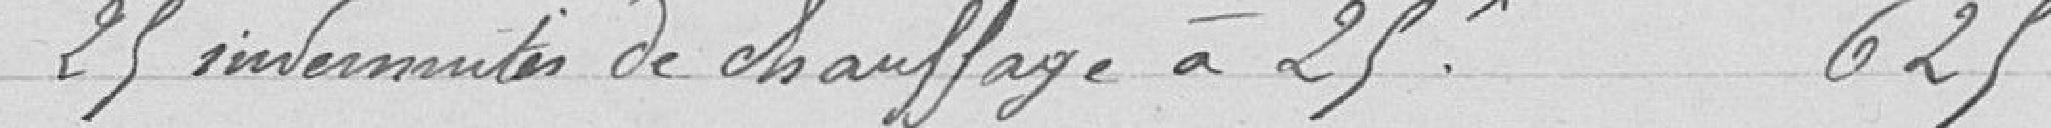
25 indemnités de chauffage à 25 625